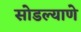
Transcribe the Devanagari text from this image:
सोडल्याणे